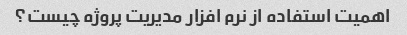
اهمیت استفاده از نرم افزار مدیریت پروژه چیست؟